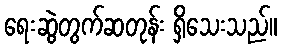
ရေးဆွဲတွက်ဆတုန်း ရှိသေးသည်။